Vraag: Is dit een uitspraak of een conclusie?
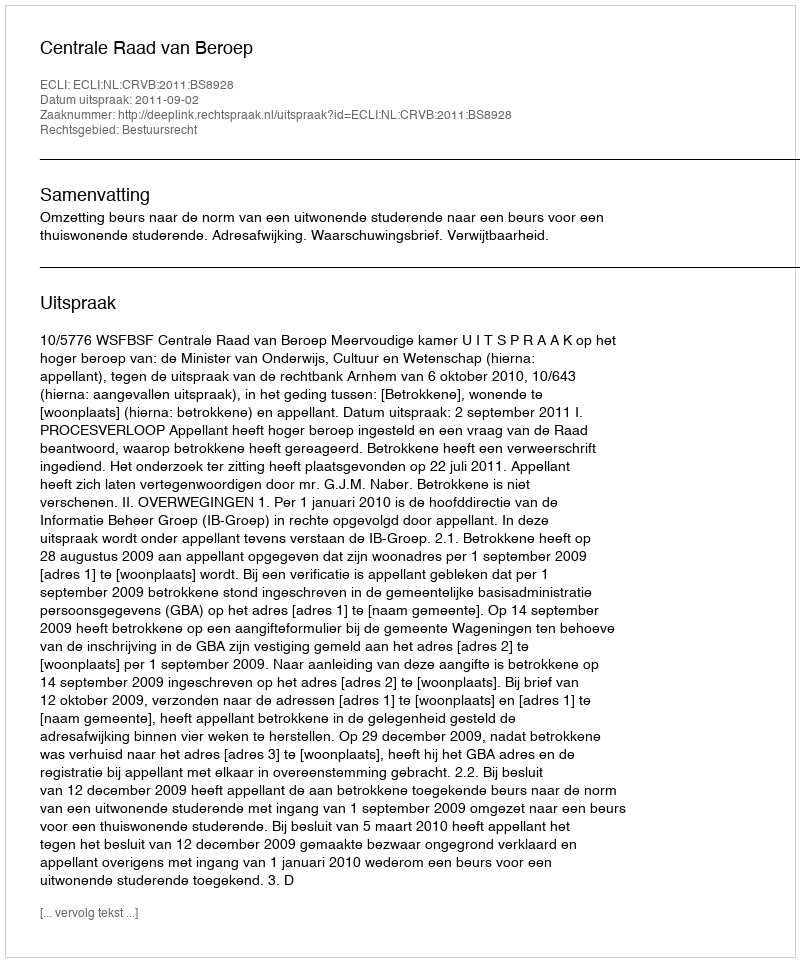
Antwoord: Uitspraak